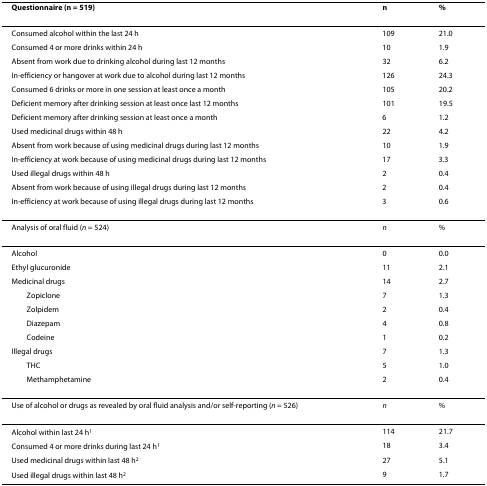
<table><thead><tr><td><b>Questionnaire (n = 519)</b></td><td><b>n</b></td><td><b>%</b></td></tr></thead><tbody><tr><td>Consumed alcohol within the last 24 h</td><td>109</td><td>21.0</td></tr><tr><td>Consumed 4 or more drinks within 24 h</td><td>10</td><td>1.9</td></tr><tr><td>Absent from work due to drinking alcohol during last 12 months</td><td>32</td><td>6.2</td></tr><tr><td>In-efficiency or hangover at work due to alcohol during last 12 months</td><td>126</td><td>24.3</td></tr><tr><td>Consumed 6 drinks or more in one session at least once a month</td><td>105</td><td>20.2</td></tr><tr><td>Deficient memory after drinking session at least once last 12 months</td><td>101</td><td>19.5</td></tr><tr><td>Deficient memory after drinking session at least once a month</td><td>6</td><td>1.2</td></tr><tr><td>Used medicinal drugs within 48 h</td><td>22</td><td>4.2</td></tr><tr><td>Absent from work because of using medicinal drugs during last 12 months</td><td>10</td><td>1.9</td></tr><tr><td>In-efficiency at work because of using medicinal drugs during last 12 months</td><td>17</td><td>3.3</td></tr><tr><td>Used illegal drugs within 48 h</td><td>2</td><td>0.4</td></tr><tr><td>Absent from work because of using illegal drugs during last 12 months</td><td>2</td><td>0.4</td></tr><tr><td>In-efficiency at work because of using illegal drugs during last 12 months</td><td>3</td><td>0.6</td></tr><tr><td>Analysis of oral fluid (<i>n </i>= 524)</td><td><i>n</i></td><td>%</td></tr><tr><td>Alcohol</td><td>0</td><td>0.0</td></tr><tr><td>Ethyl glucuronide</td><td>11</td><td>2.1</td></tr><tr><td>Medicinal drugs</td><td>14</td><td>2.7</td></tr><tr><td> Zopiclone</td><td>7</td><td>1.3</td></tr><tr><td> Zolpidem</td><td>2</td><td>0.4</td></tr><tr><td> Diazepam</td><td>4</td><td>0.8</td></tr><tr><td> Codeine</td><td>1</td><td>0.2</td></tr><tr><td>Illegal drugs</td><td>7</td><td>1.3</td></tr><tr><td> THC</td><td>5</td><td>1.0</td></tr><tr><td> Methamphetamine</td><td>2</td><td>0.4</td></tr><tr><td>Use of alcohol or drugs as revealed by oral fluid analysis and/or self-reporting (<i>n </i>= 526)</td><td><i>n</i></td><td>%</td></tr><tr><td>Alcohol within last 24 h<sup>1</sup></td><td>114</td><td>21.7</td></tr><tr><td>Consumed 4 or more drinks during last 24 h<sup>1</sup></td><td>18</td><td>3.4</td></tr><tr><td>Used medicinal drugs within last 48 h<sup>2</sup></td><td>27</td><td>5.1</td></tr><tr><td>Used illegal drugs within last 48 h<sup>2</sup></td><td>9</td><td>1.7</td></tr></tbody></table>